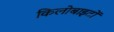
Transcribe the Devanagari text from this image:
किलोबाइटों